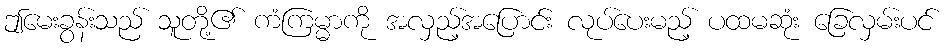
ဤမေးခွန်းသည် သူတို့၏ ကံကြမ္မာကို အလှည့်အပြောင်း လုပ်ပေးမည့် ပထမဆုံး ခြေလှမ်းပင်